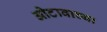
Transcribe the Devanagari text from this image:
ओटावाच्या